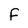
Character: F